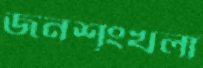
জনশৃংখলা